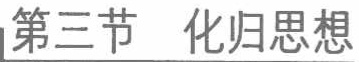
第三节 \quad 化归思想